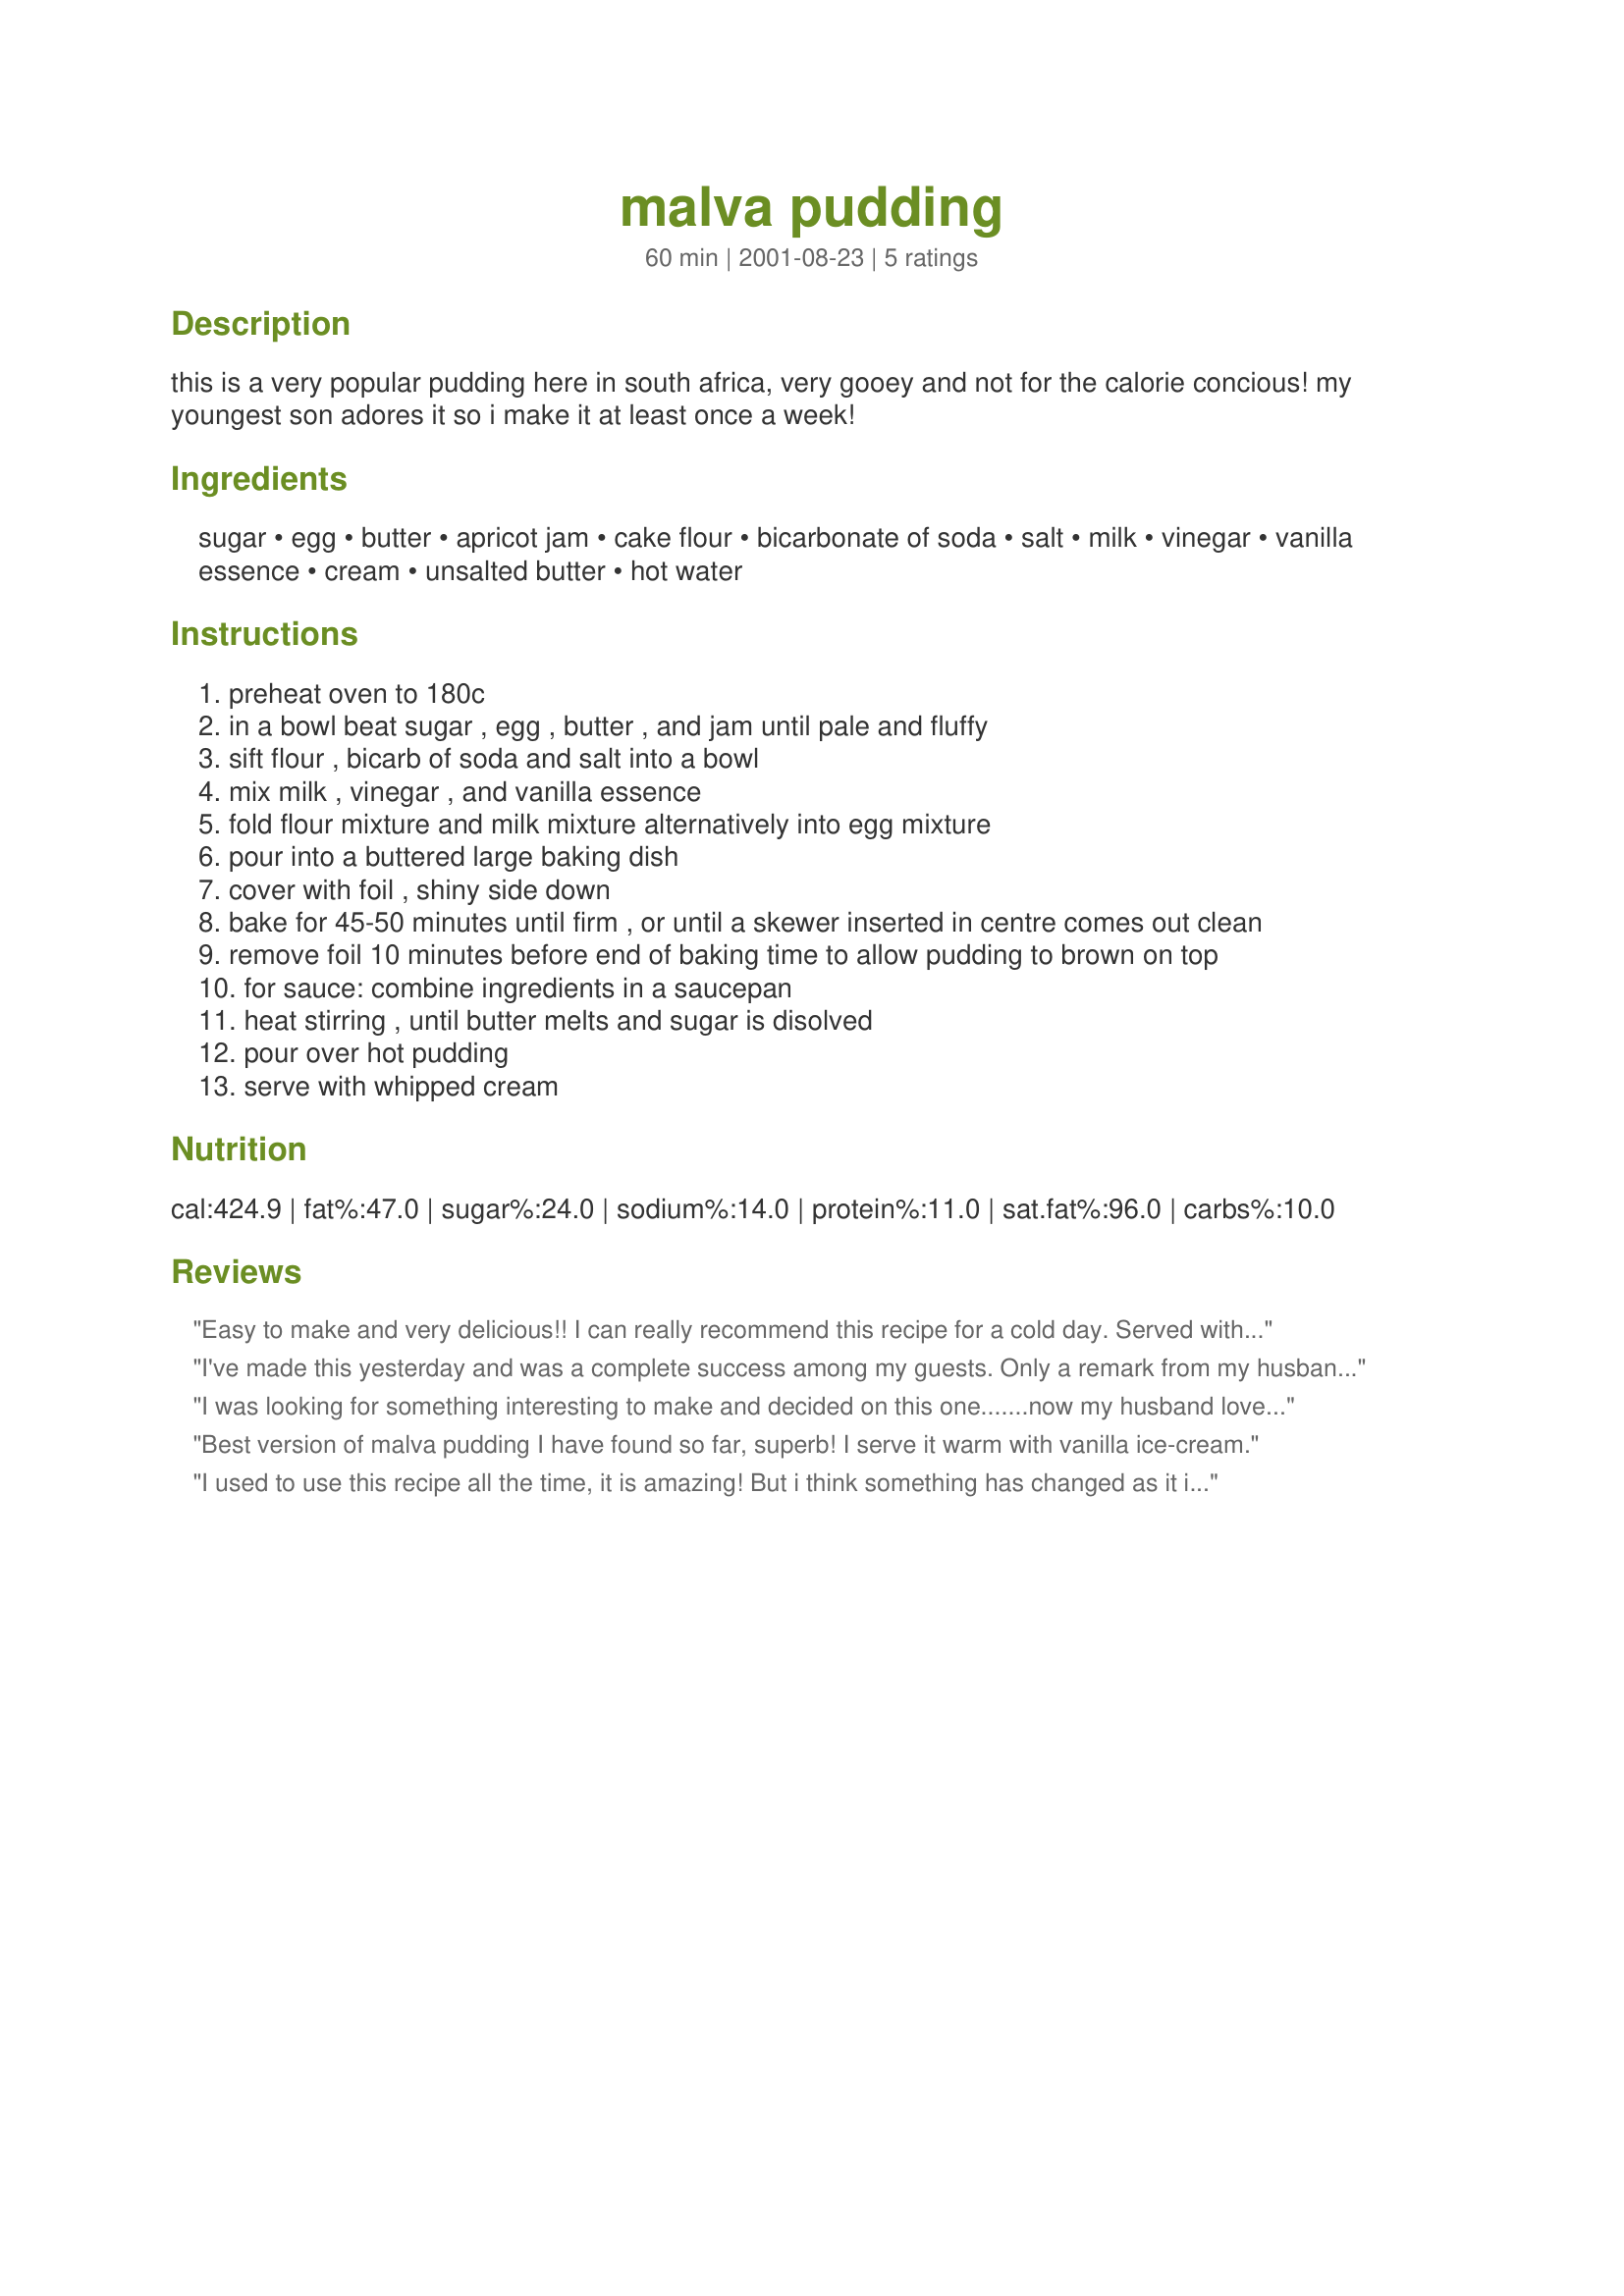
malva pudding
Preparation time: 60 minutes

this is a very popular pudding here in south africa, very gooey and not for the calorie concious! my youngest son adores it so i make it at least once a week!

Ingredients:
sugar, egg, butter, apricot jam, cake flour, bicarbonate of soda, salt, milk, vinegar, vanilla essence, cream, unsalted butter, hot water

Steps:
preheat oven to 180c
in a bowl beat sugar , egg , butter , and jam until pale and fluffy
sift flour , bicarb of soda and salt into a bowl
mix milk , vinegar , and vanilla essence
fold flour mixture and milk mixture alternatively into egg mixture
pour into a buttered large baking dish
cover with foil , shiny side down
bake for 45-50 minutes until firm , or until a skewer inserted in centre comes out clean
remove foil 10 minutes before end of baking time to allow pudding to brown on top
for sauce: combine ingredients in a saucepan
heat stirring , until butter melts and sugar is disolved
pour over hot pudding
serve with whipped cream

Reviews:
Easy to make and very delicious!! I can really recommend this recipe for a cold day. Served with vanilla ice cream it is a winner!!!!!!!!
I've made this yesterday and was a complete success among my guests. Only a remark from my husband and I, it was a bit too sweet for our tastes, more if we compare this with some South African versions we had in Joburg. Anyway, Chileans have really sweet teeth and they absolutely loved it and of course asked for the recipe, which now I'm translating to Spanish! Congrats!
I was looking for something interesting to make and decided on this one.......now my husband loves it and I have to make it once a week!!
Best version of malva pudding I have found so far, superb! I serve it warm with vanilla ice-cream.
I used to use this recipe all the time, it is amazing! But i think something has changed as it is a bit misleading around adding the milk to the butter mixture ( like it used to say) that is now missing and refers to 'wet mixture' which i thought was the eggs. it would be good to change that back to how it was. Otherwise this is the best pudding anyone can have!
